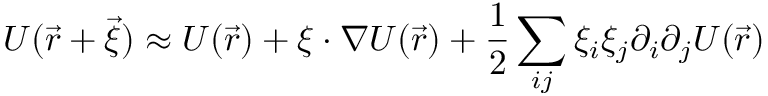
U ( { \vec { r } } + { \vec { \xi } } ) \approx U ( { \vec { r } } ) + \xi \cdot \nabla U ( { \vec { r } } ) + { \frac { 1 } { 2 } } \sum _ { i j } \xi _ { i } \xi _ { j } \partial _ { i } \partial _ { j } U ( { \vec { r } } )